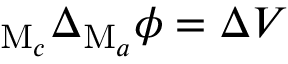
_ { \mathrm { M } _ { c } } \Delta _ { \mathrm { M } _ { a } } \phi = \Delta V